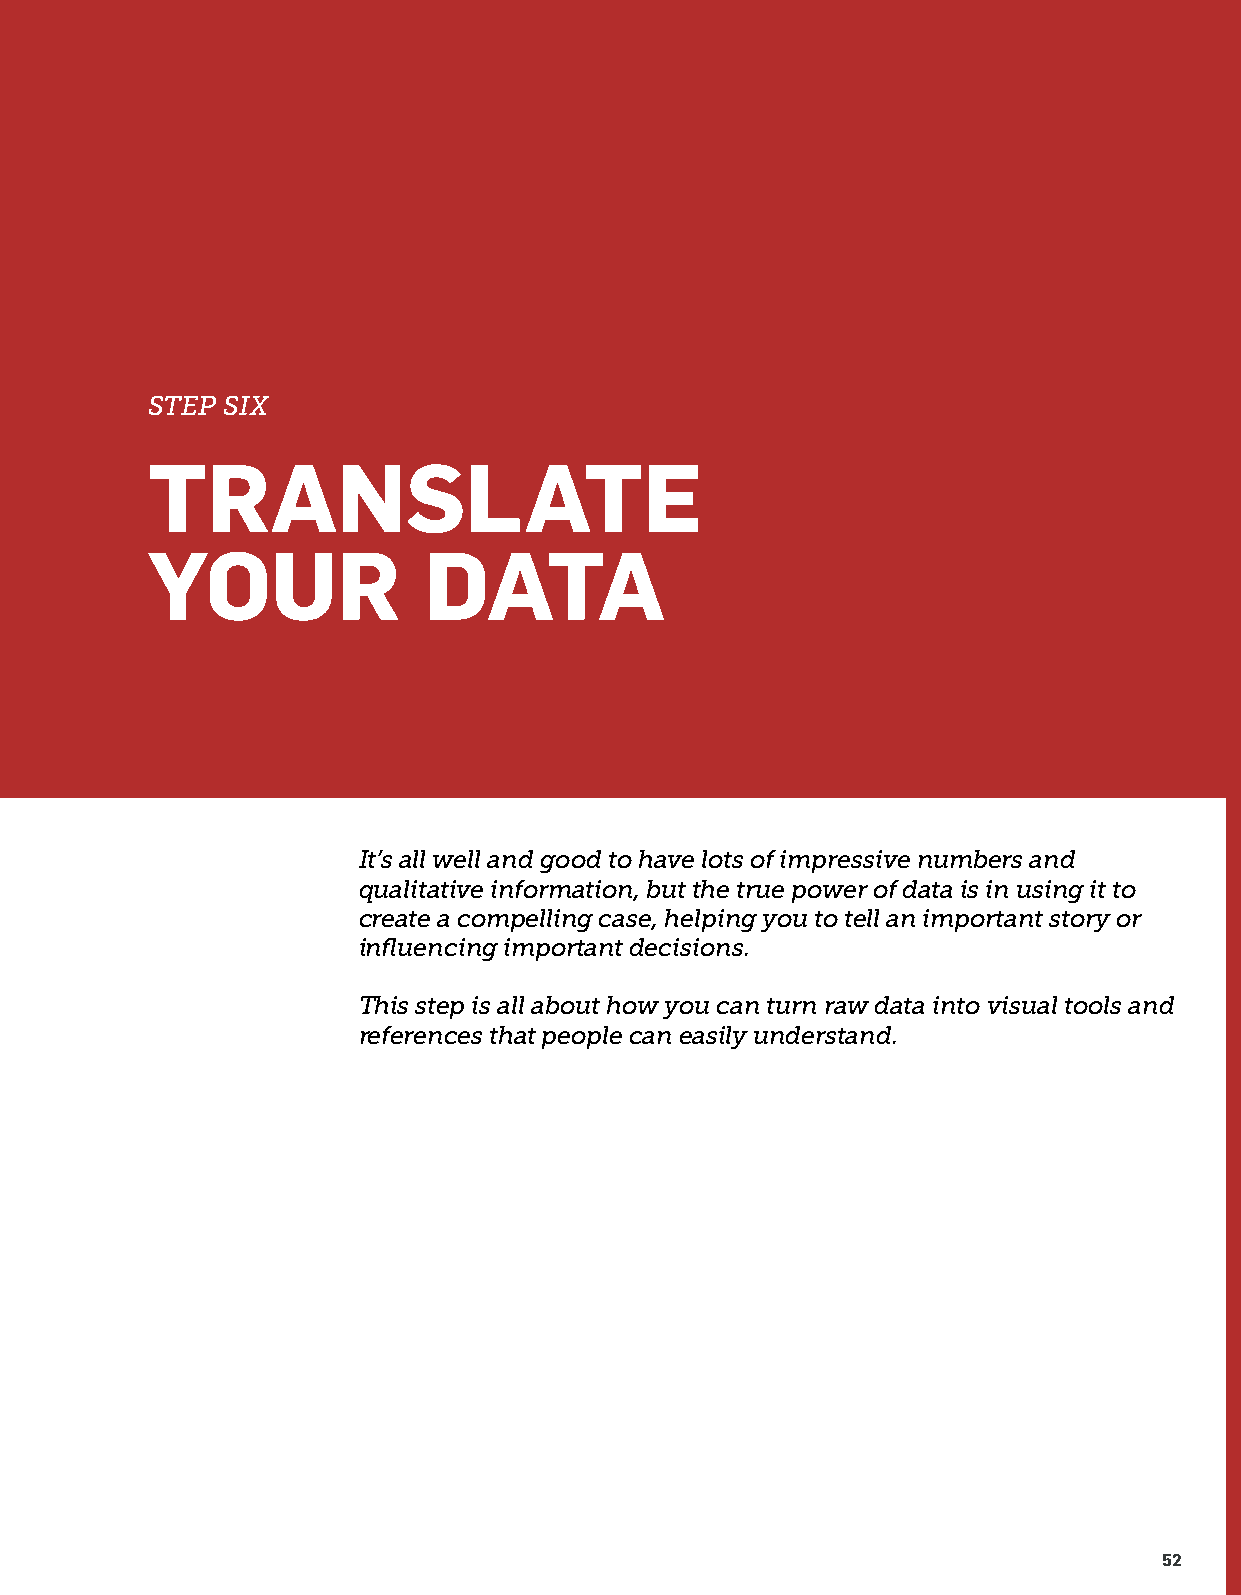
STEP SIX
 TRANSLATE
 YOUR              DATA
 It’s all well and good to have lots of impressive numbers and
 qualitative information, but the true power of data is in using it to
 create a compelling case, helping you to tell an important story or
 influencing important decisions.
 This step is all about how you can turn raw data into visual tools and
 references that people can easily understand.
 52